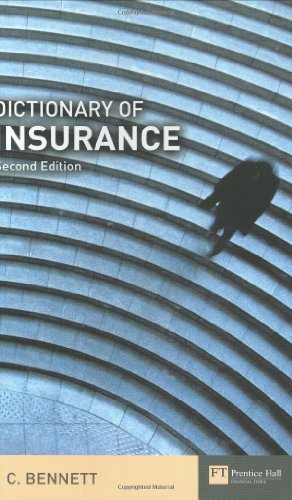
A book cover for Dictionary of Insurance (Financial Times Series); Carol S. C. Bennett; Business & Money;